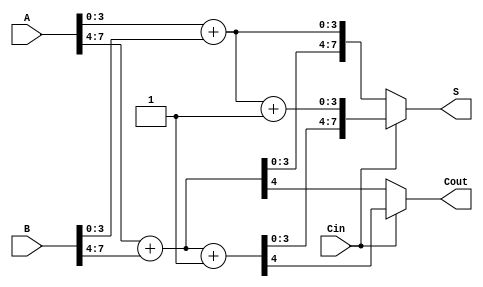
module CarrySelectAdder #(parameter n = 8, parameter k = 4) (
    input [n-1:0] A,      // First n-bit input
    input [n-1:0] B,      // Second n-bit input
    input Cin,            // Carry-in
    output [n-1:0] S,     // n-bit sum result
    output Cout           // Carry-out
);
    wire [n/k-1:0] Cout0, Cout1;   // Carry outputs for Cin = 0 and Cin = 1
    wire [n-1:0] S0, S1;            // Sums for Cin = 0 and Cin = 1

    // Generate blocks
    genvar i;
    generate
        for (i = 0; i < n/k; i = i + 1) begin : CSA_block
            wire [k-1:0] A_block = A[(i*k) +: k];
            wire [k-1:0] B_block = B[(i*k) +: k];
            wire Cin_block = (i == 0) ? Cin : Cout1[i-1]; // Pass carry to the next block

            // Compute sum and carry for Cin = 0
            wire [k:0] sum0;
            assign sum0 = {1'b0, A_block} + {1'b0, B_block}; // Carry in treated as 0
            assign S0[(i*k) +: k] = sum0[k-1:0];
            assign Cout0[i] = sum0[k]; // Carry out for Cin = 0

            // Compute sum and carry for Cin = 1
            wire [k:0] sum1;
            assign sum1 = {1'b0, A_block} + {1'b0, B_block} + 1'b1; // Carry in treated as 1
            assign S1[(i*k) +: k] = sum1[k-1:0];
            assign Cout1[i] = sum1[k]; // Carry out for Cin = 1
        end
    endgenerate

    // MUX for sum and carry selection
    assign S = (Cin) ? S1 : S0; // Select sum based on Cin
    assign Cout = (Cin) ? Cout1[n/k-1] : Cout0[n/k-1]; // Select final carry out

endmodule